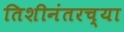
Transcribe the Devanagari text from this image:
तिशीनंतरच्या